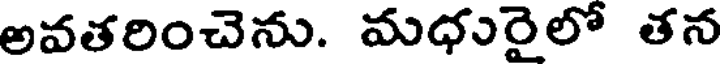
అవతరించెను. మధురైలో తన